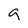
Character: a